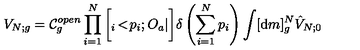
V _ { N ; g } = { \cal C } _ { g } ^ { o p e n } \prod _ { i = 1 } ^ { N } \bigg [ { } _ { i } \! < \! p _ { i } ; O _ { a } | \bigg ] \delta \left( \sum _ { i = 1 } ^ { N } p _ { i } \right) \int [ { \mathrm { d } } m ] _ { g } ^ { N } { \hat { V } } _ { N ; 0 }